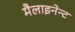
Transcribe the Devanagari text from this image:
मैलाइनेन्ट